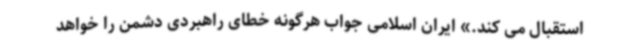
استقبال می کند.» ایران اسلامی جواب هرگونه خطای راهبردی دشمن را خواهد